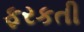
ફરકતી